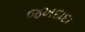
જખદાદા